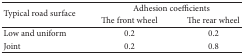
| <ROWSPAN=2> Typical road surface | <COLSPAN=2> Adhesion coefficients |
 | The front wheel | The rear wheel |
 | --- | --- | --- |
 | Low and uniform | 0.2 | 0.2 |
 | Joint | 0.2 | 0.8 |